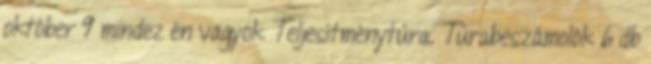
október 9 mindez én vagyok Teljesítménytúra. Túrabeszámolók 6 db